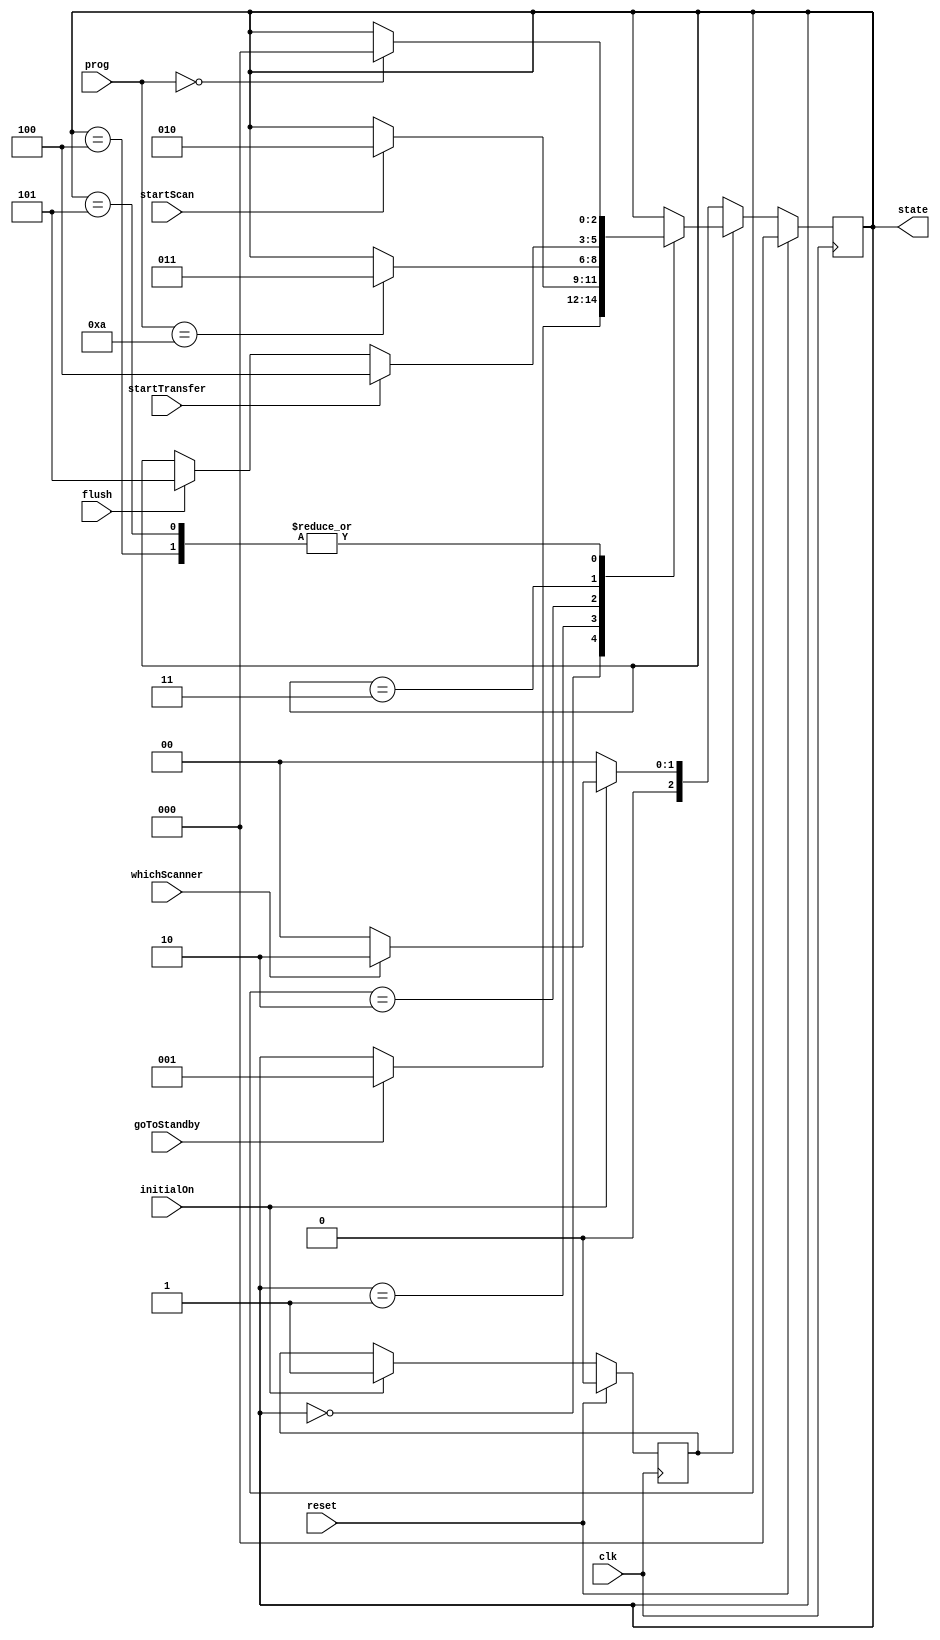
// EE371 Lab4 Winter 2017
// Date:
//
// FSM controlling the state of the scanner
module scannerState(state, whichScanner, initialOn, goToStandby, startScan, prog, startTransfer, flush, clk, reset);
	output [2:0] state;
	input whichScanner, initialOn, goToStandby, startScan, startTransfer, flush;
	input [3:0] prog;
	input clk, reset;

	// state encodings
	parameter	lowPower = 3'b000,
				standby = 3'b001,
				scanning = 3'b010,
				idle = 3'b011,
				xferring = 3'b100,
				flushing = 3'b101;

	// combinational logic: next state
	reg [2:0] ps, ns;
	reg active;
	always@(*) begin 				// cycling between scanners
		if (active) begin
			case (ps)
				lowPower:	begin
								if (goToStandby) ns = standby;
								else ns = ps;
							end
				standby:	begin
								if (startScan) ns = scanning;
								else ns = ps;
							end
				scanning:	begin
								if (prog == 4'b1010) ns = idle;
								else ns = ps;
							end
				idle:		begin
								if (startTransfer) ns = xferring;
								else if (flush) ns = flushing;
								else ns = ps;
							end
				xferring:	begin
								if (prog == 4'b0) ns = lowPower;
								else ns = ps;
							end
				flushing:	begin
								if (prog == 4'b0) ns = lowPower;
								else ns = ps;
							end
				default:	ns = ps;
			endcase
		end else begin 					// initialising: start the scanner cycles
			if (initialOn) begin
				if (whichScanner) ns = scanning;
				else ns = lowPower;
			end else begin
				ns = lowPower;
			end
		end
	end

	// output logic
	assign state = ps;

	// sequential logic: reset, next state
	always@(posedge clk) begin
		if (reset) begin
			ps <= lowPower;
			active <= 0;
		end else begin
			ps <= ns;
			if(initialOn) active <= 1;
			else active <= active;
		end
	end
endmodule